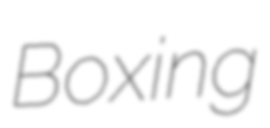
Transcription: Boxing